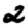
Digit: 2